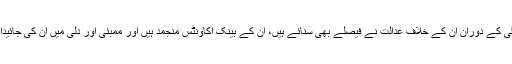
اُن کی بھارت میں غیرموجودگی کے دوران اُن کے خلاف عدالت نے فیصلے بھی سنائے ہیں، اُن کے بینک اکاؤنٹس منجمد ہیں اور ممبئی اور دلّی میں اُن کی جائیدادیںبھی ضبط کی جا چکی ہیں۔